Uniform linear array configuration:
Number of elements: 48
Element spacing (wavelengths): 0.75
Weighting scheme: uniform
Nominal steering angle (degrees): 60
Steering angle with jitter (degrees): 60.392
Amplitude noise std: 0.05
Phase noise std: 0.05

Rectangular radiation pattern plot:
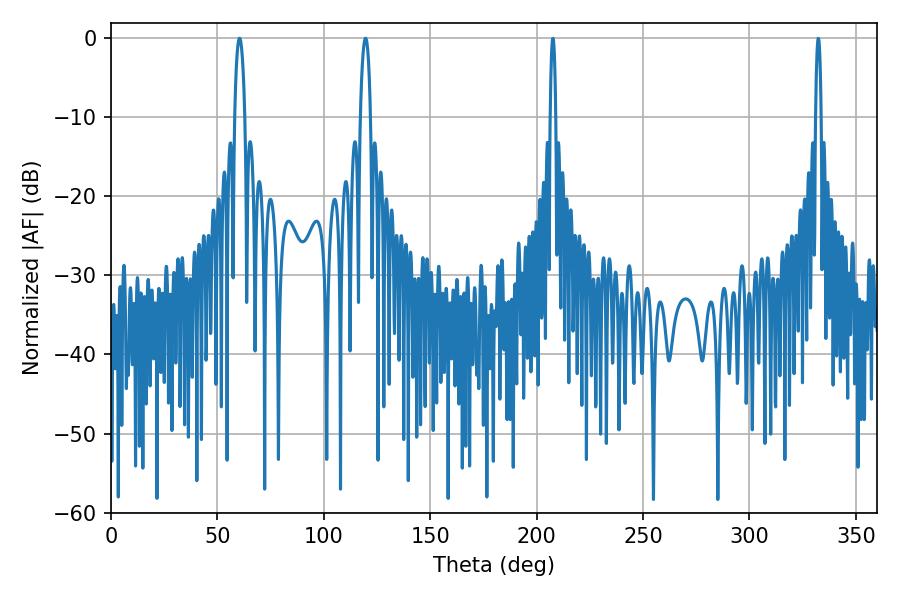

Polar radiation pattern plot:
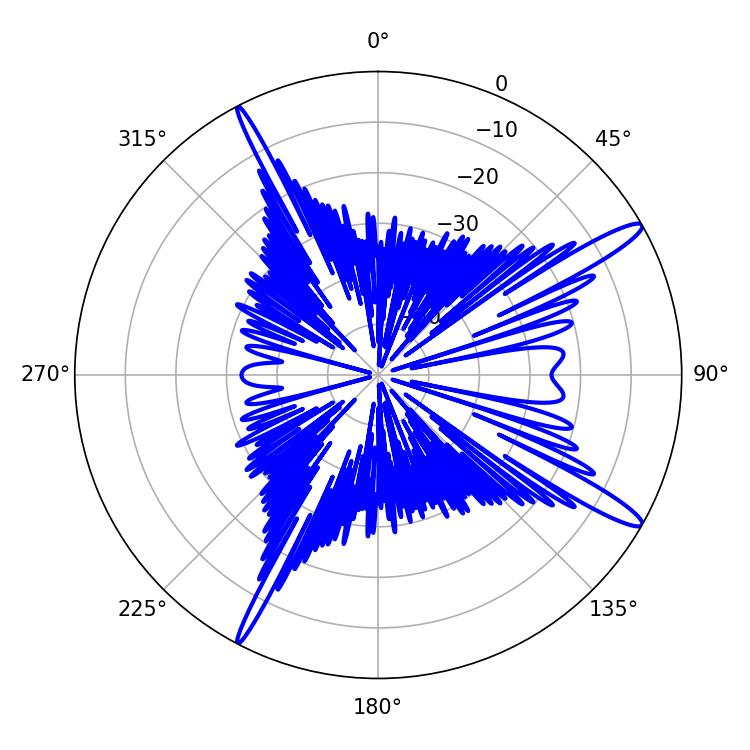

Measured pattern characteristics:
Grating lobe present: TRUE
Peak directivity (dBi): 14.635
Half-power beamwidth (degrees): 2.7
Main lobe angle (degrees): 60.48